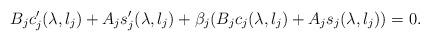
LaTeX: \begin{align*}B_jc_j^{\prime}(\lambda,l_j)+A_js_j^{\prime}(\lambda,l_j)+\beta_j(B_jc_j(\lambda,l_j)+A_js_j(\lambda,l_j))=0.\end{align*}